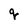
Character: q